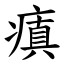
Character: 瘨